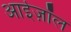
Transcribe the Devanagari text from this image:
आईज़ॉल